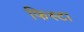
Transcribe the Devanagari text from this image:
फिस्टा